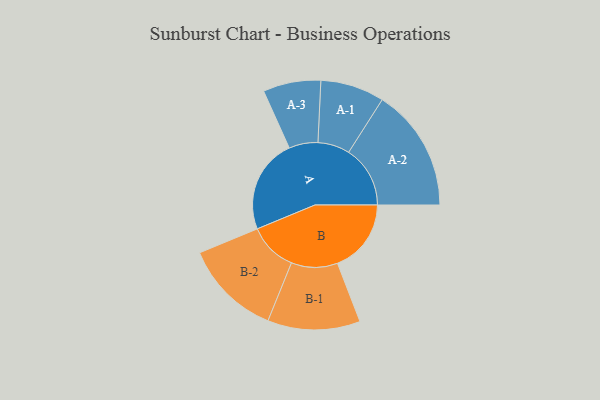
{"axis": {"x": "Segment", "y": "Value"}, "legend": ["", "A", "B"], "data": [{"x": "A", "y": 402, "type": ""}, {"x": "B", "y": 314, "type": ""}, {"x": "A-1", "y": 136, "type": "A"}, {"x": "A-2", "y": 262, "type": "A"}, {"x": "A-3", "y": 123, "type": "A"}, {"x": "B-1", "y": 197, "type": "B"}, {"x": "B-2", "y": 207, "type": "B"}]}